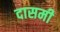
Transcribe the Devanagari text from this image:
दासमी